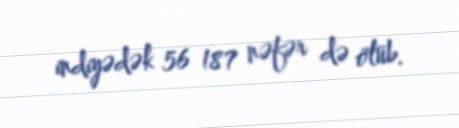
indiyədək 56 187 nəfər də ölüb.